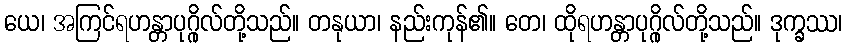
ယေ၊ အကြင်ရဟန္တာပုဂ္ဂိုလ်တို့သည်။ တနုယာ၊ နည်းကုန်၏။ တေ၊ ထိုရဟန္တာပုဂ္ဂိုလ်တို့သည်။ ဒုက္ခဿ၊